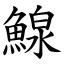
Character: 鰁